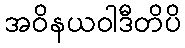
အဝိနယဝါဒီတိပိ